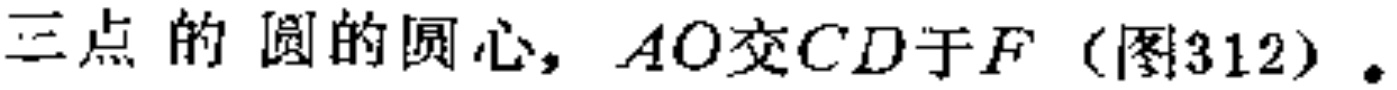
三点的圆的圆心，$AO$交$CD$于$F$（图312）.